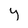
Character: y